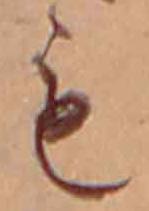
も